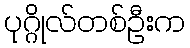
ပုဂ္ဂိုလ်တစ်ဦးက